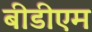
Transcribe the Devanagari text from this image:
बीडीएम